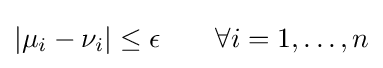
|\mu _{i}-\nu _{i}|\leq \epsilon \qquad \forall i=1,\ldots ,n